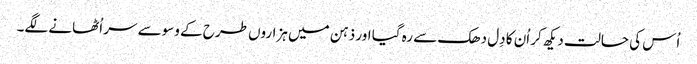
اُس کی حالت دیکھ کر اُن کا دِل دھک سے رہ گیا اور ذہن میں ہزاروں طرح کے وسوسے سر اُٹھانے لگے۔